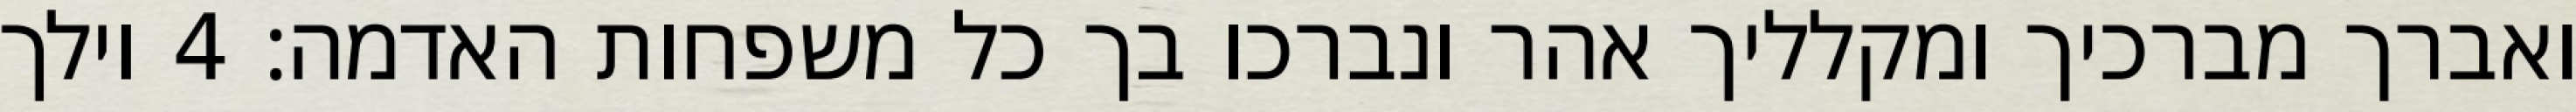
ואברך מברכיך ומקלליך אהר ונברכו בך כל משפחות האדמה׃ ‎4‏ וילך